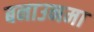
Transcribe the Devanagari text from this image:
बनाउनमा